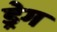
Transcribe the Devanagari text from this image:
ड्रेग